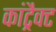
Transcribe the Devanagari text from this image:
कांट्रैक्ट